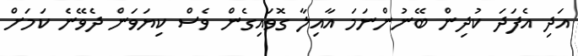
އަދި އެފަދަ ކުދިން ބޭނުންނަމަ އާއިލާ ގޮވައިގެން ވެސް ކިޔަވަން ދެވޭނެ ކަމަށް